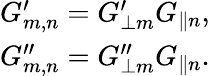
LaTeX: \begin{array}{r}{G_{m,n}^{\prime}=G_{\perp m}^{\prime}G_{\parallel n},}\\ {G_{m,n}^{\prime\prime}=G_{\perp m}^{\prime\prime}G_{\parallel n}.}\end{array}